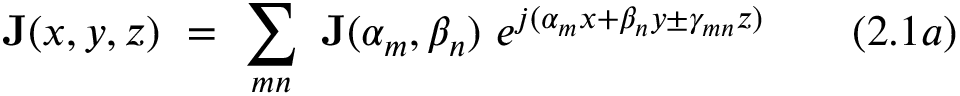
\mathbf { J } ( x , y , z ) ~ = ~ \sum _ { m n } ~ \mathbf { J } ( \alpha _ { m } , \beta _ { n } ) ~ e ^ { j ( \alpha _ { m } x + \beta _ { n } y \pm \gamma _ { m n } z ) } ~ ~ ~ ~ ~ ~ ( 2 . 1 a )